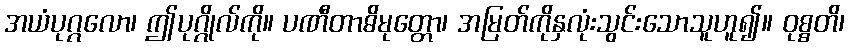
အယံပုဂ္ဂလော၊ ဤပုဂ္ဂိုလ်ကို။ ပဏီတာဓိမုတ္တော၊ အမြတ်ကိုနှလုံးသွင်းသောသူဟူ၍။ ဝုစ္စတိ၊